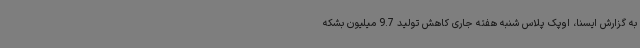
به گزارش ایسنا، اوپک پلاس شنبه هفته جاری کاهش تولید 9.7 میلیون بشکه